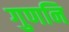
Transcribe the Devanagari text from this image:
गुणनि